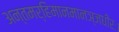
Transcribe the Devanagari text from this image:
अन्तमर्हिमानमानञ्जधीरः।